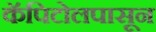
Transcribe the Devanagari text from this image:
कॅपिटोलपासून